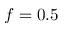
f = 0 . 5